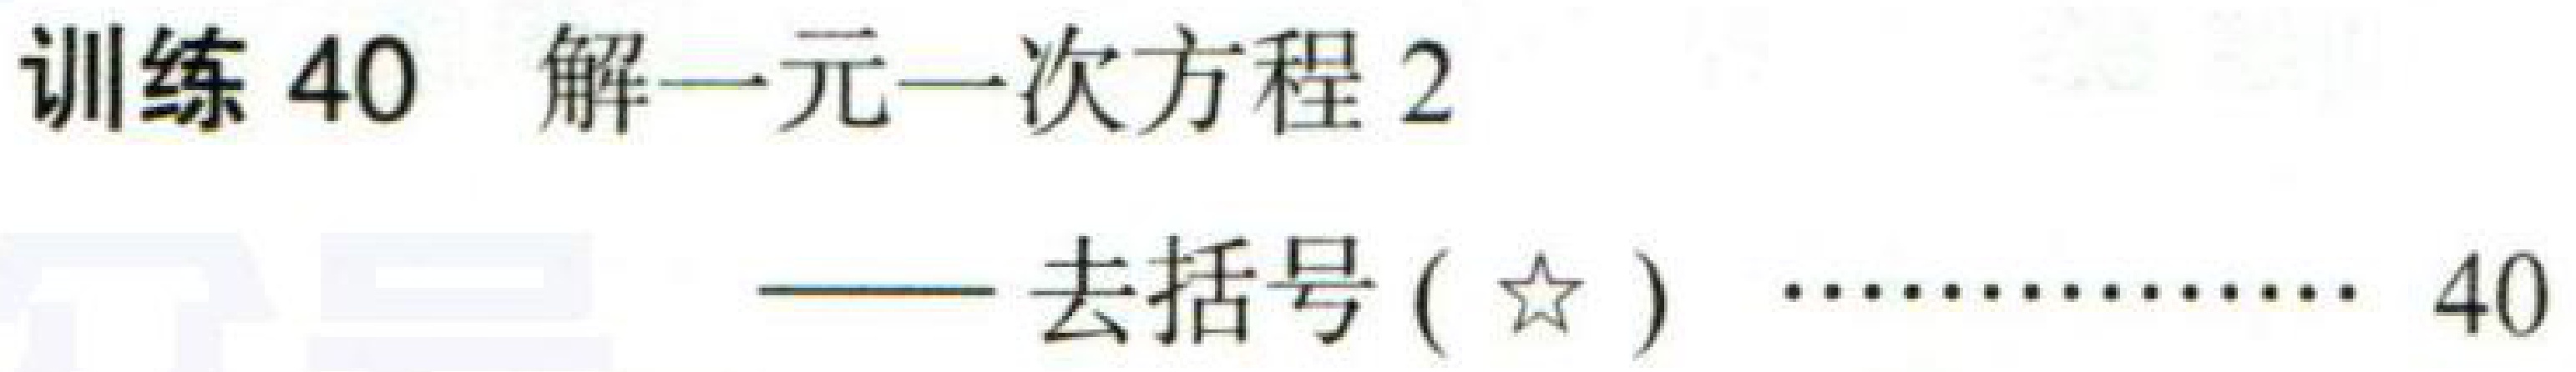
训练 \(40\) 解一元一次方程 \(2\)  —— 去括号 (\(☆\))  \(\cdots\cdots40\)